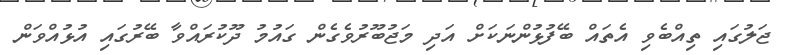
ޖަލުގައި ތިއްބެވި އެތައް ބޭފުޅުންނަކަށް އަދި މަޖުބޫރުވެގެން ގައުމު ދޫކުރައްވާ ބޭރުގައި އުޅުއްވަން